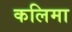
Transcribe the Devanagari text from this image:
कलिमा